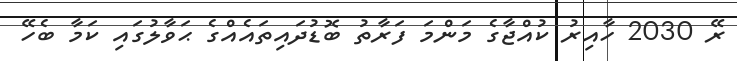
ރޭ 2030 ހާއިރު ކުއްޖާގެ މަންމަ ފަރާތު ބޮޑުދައިތައެއްގެ ޙަަވާލުގައި ކަމާ ބެހޭ